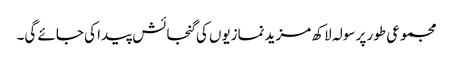
مجموعی طور پر سولہ لاکھ مزیدنمازیوں کی گنجائش پیدا کی جائے گی۔